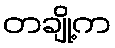
တချို့က